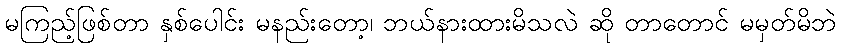
မကြည့်ဖြစ်တာ နှစ်ပေါင်း မနည်းတော့၊ ဘယ်နားထားမိသလဲ ဆို တာတောင် မမှတ်မိဘဲ